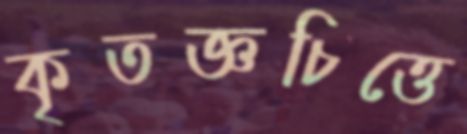
কৃতজ্ঞচিত্তে